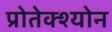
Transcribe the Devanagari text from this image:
प्रोतेक्श्योन